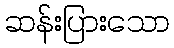
ဆန်းပြားသော